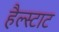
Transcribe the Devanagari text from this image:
हैल्स्टाट